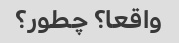
واقعا؟ چطور؟